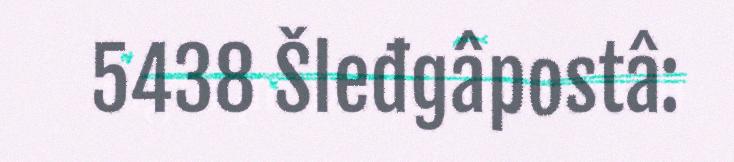
5438 Šleđgâpostâ: